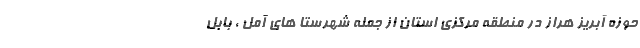
حوزه آبریز هراز در منطقه مرکزی استان از جمله شهرستا های آمل ، بابل